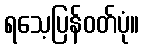
ရသေ့ပြန်ဝတ်ပုံ။